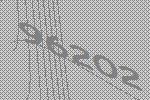
96202